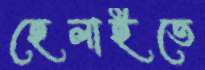
হেলাইতে